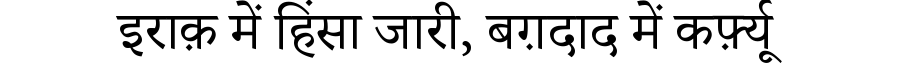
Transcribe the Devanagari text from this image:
इराक़ में हिंसा जारी, बग़दाद में कर्फ़्यू